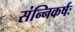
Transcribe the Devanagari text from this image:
संन्निकर्षः